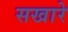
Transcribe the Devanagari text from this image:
सखारे